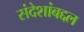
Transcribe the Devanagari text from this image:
संदेशांबद्दल